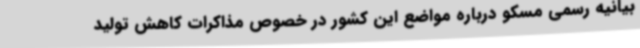
بیانیه رسمی مسکو درباره مواضع این کشور در خصوص مذاکرات کاهش تولید